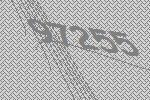
97255